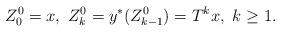
LaTeX: \begin{align*}Z^0_0=x,\ Z^0_k=y^*(Z^0_{k-1})=T^k x,\ k\geq 1.\end{align*}